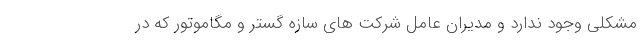
مشکلی وجود ندارد و مدیران عامل شرکت های سازه گستر و مگاموتور که در